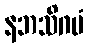
နဘသိဂမံ